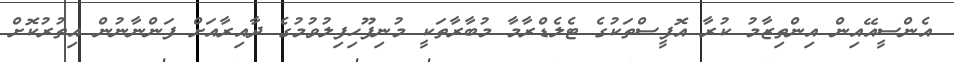
އެންސީއޭއިން އިންތިޒާމު ކުރާ އޮފީސްތަކުގެ ޓެލެޑްރާމާ މުބާރާތަކީ މުނިފޫހިފިލުވުމުގެ ދާއިރާއަށް ފަންނާނުން އިތުރުކޮށް